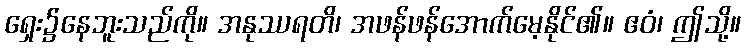
ရှေး၌နေဘူးသည်ကို။ အနုဿရတိ၊ အဖန်ဖန်အောက်မေ့နိုင်၏။ ဧဝံ၊ ဤသို့။